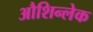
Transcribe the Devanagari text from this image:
औशिन्लेक